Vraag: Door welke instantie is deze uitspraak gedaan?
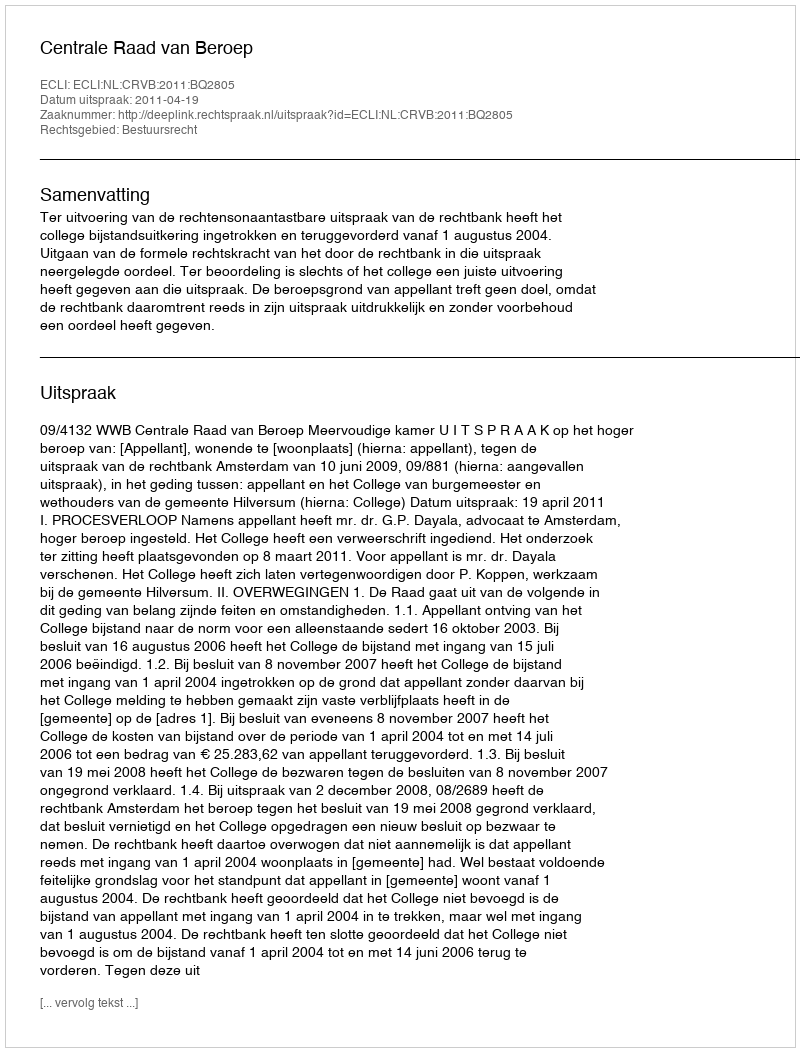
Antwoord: Centrale Raad van Beroep